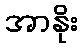
အာနိုး